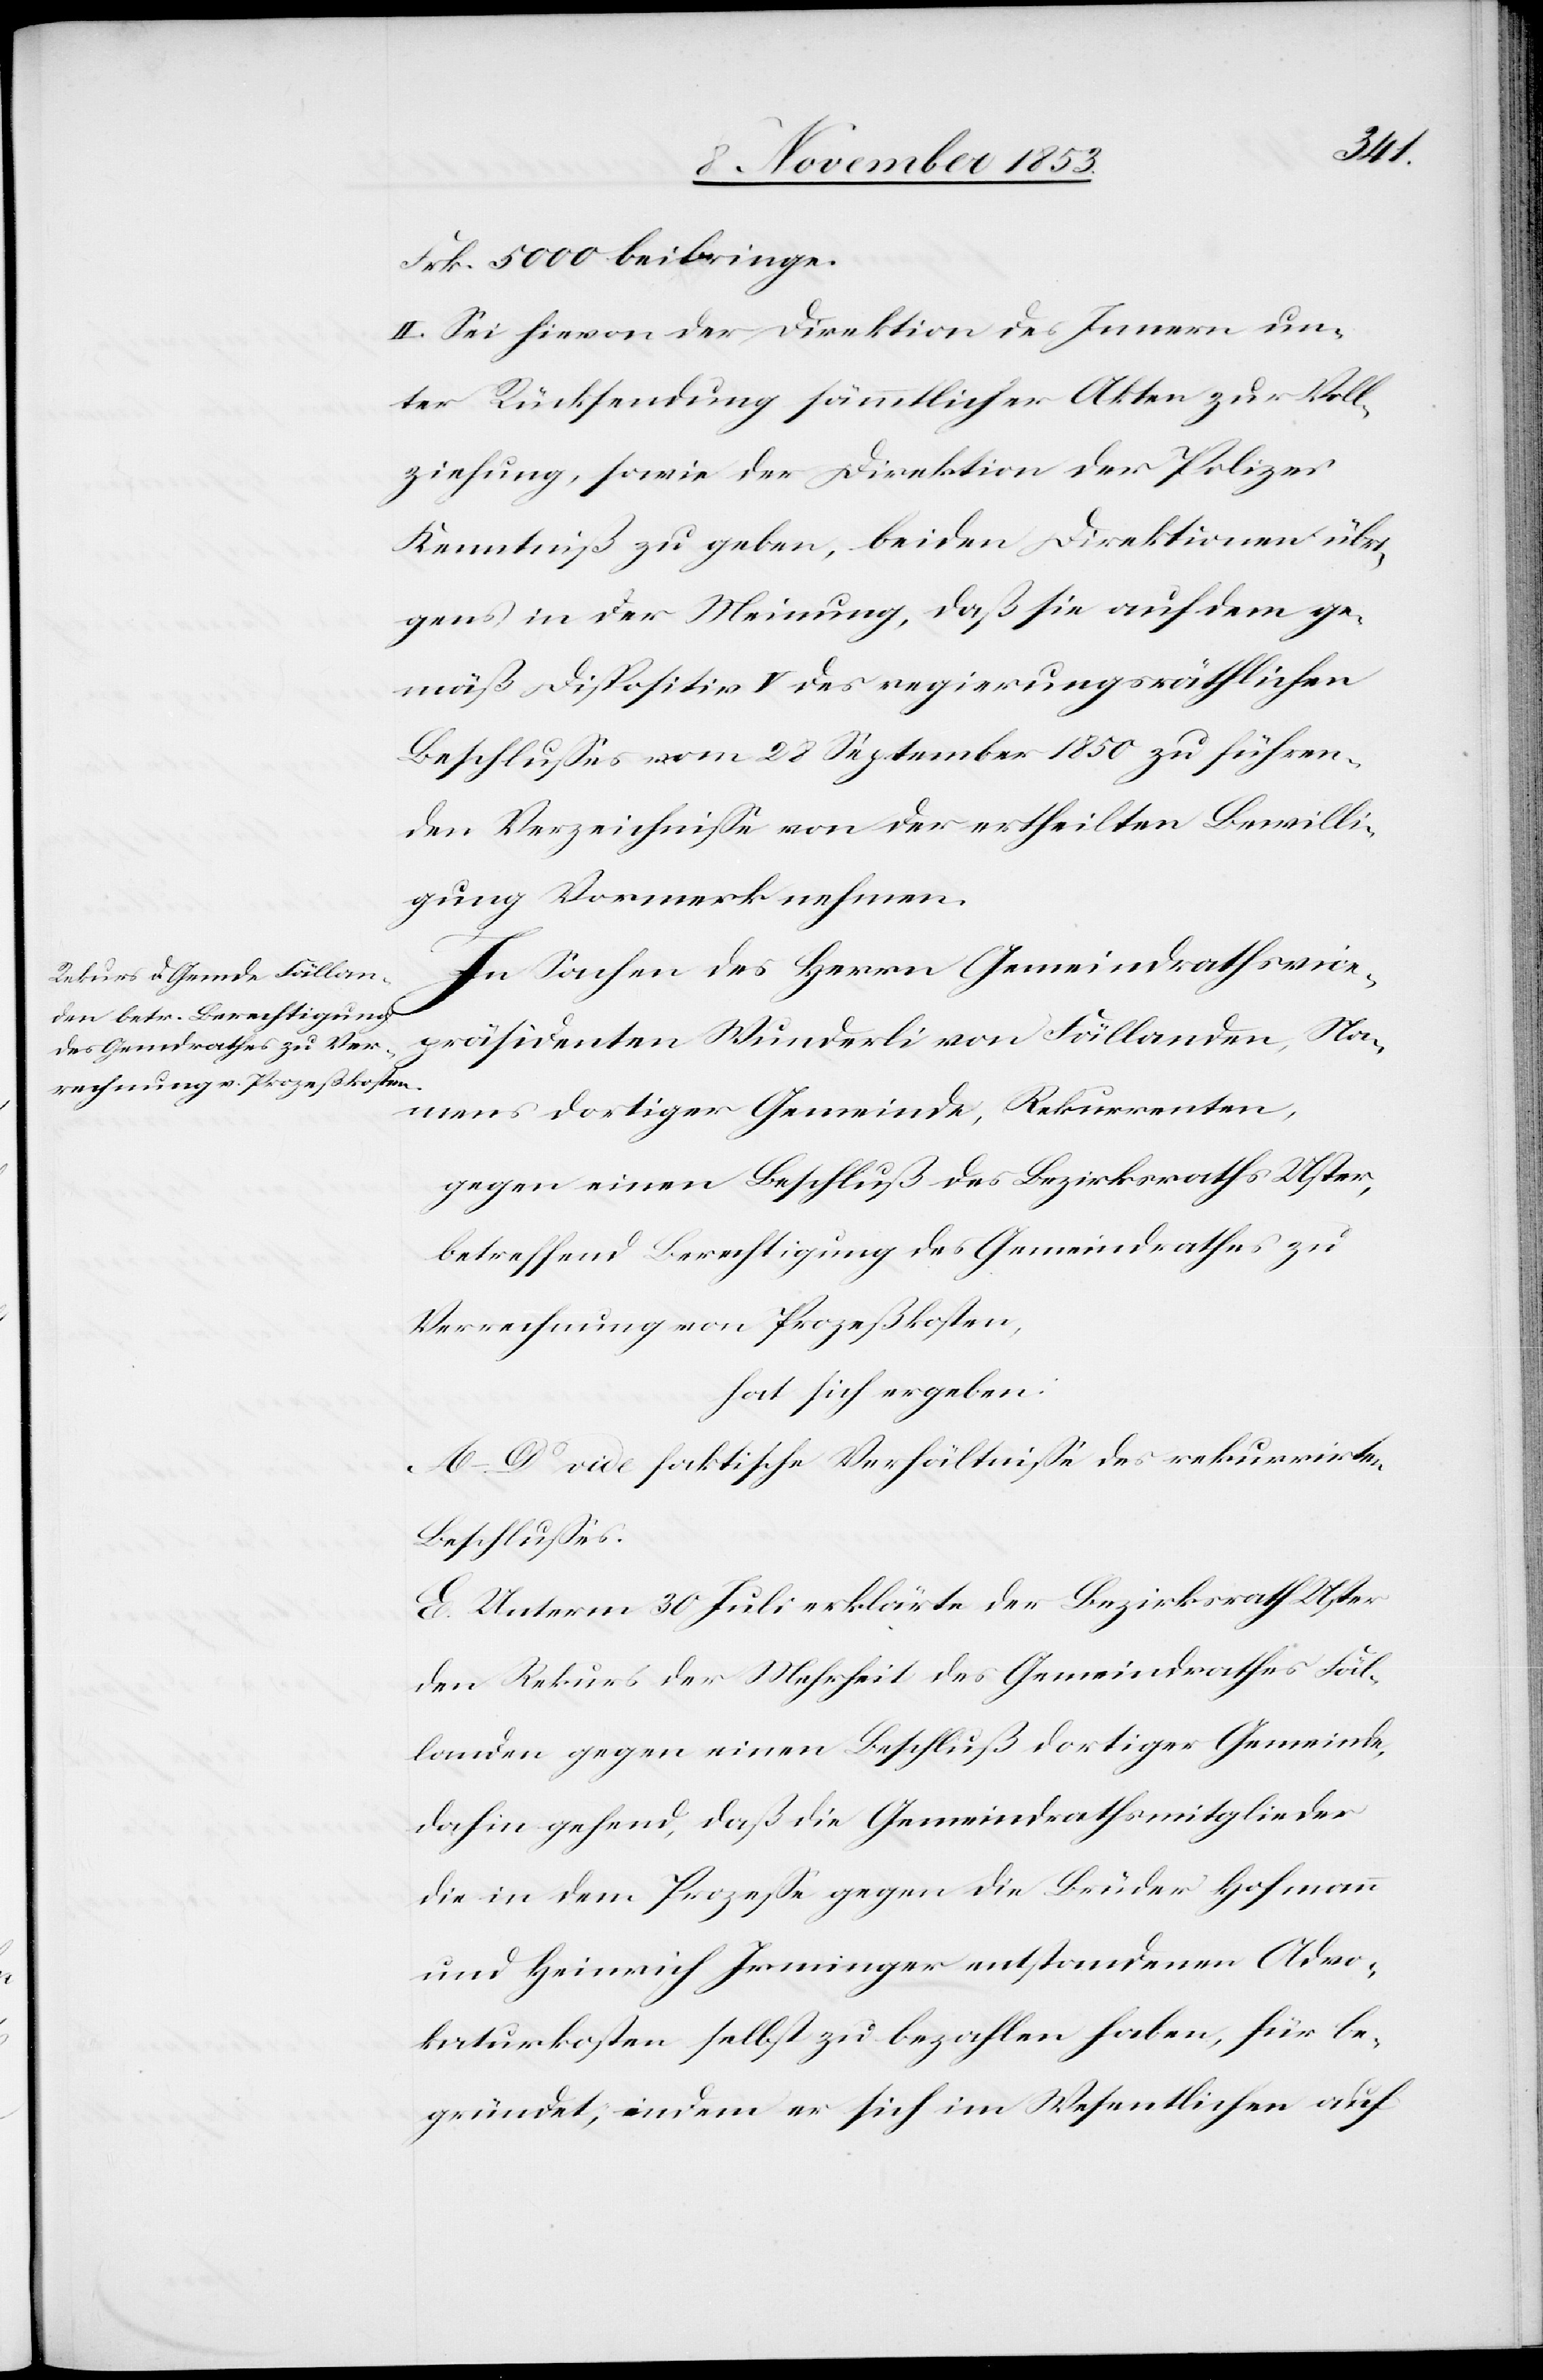
der
Frk. 500 beibringe.
II. Sei hievon der Direktion des Innern un¬
Kenntniß zu geben, beiden Direktionen übri¬
gens in der Meinung, daß sie auch dem ge¬
mäß Dispositiv V des regierungsräthlichen
Beschlußes vom 28 September 1850 zu führen¬
den Verzeichniße von der ertheilten Bewilli¬
gung Vormerk nehmen.
In Sachen des Herrn Gemeindrathsvice¬
präsidenten Wunderli von Fällanden, Na¬
mens dortiger Gemeinde, Rekurrenten,
gegen einen Beschluß des Bezirksrathes Uster,
betreffend Berechtigung des Gemeindrathes zu
Verrechnung von Prozeßkosten,
hat sich ergeben:
A–D. vide faktische Verhältniße des rekurrirten
Beschlußes.
E. Unterm 30 Juli erklärte der Bezirksrath Uster
den Rekurs der Mehrheit des Gemeindrathes Fäl¬
landen gegen einen Beschluß dortiger Gemeinde
dahin gehend, daß die Gemeindrathsmitglieder
die in dem Prozeße gegen die Brüder Hofmann
und Heinrich Irminger entstandenen Advo¬
katurkosten selbst zu bezahlen haben, für be¬
gründet, indem er sich im Wesentlichen auf